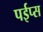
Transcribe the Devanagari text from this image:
पईप्स